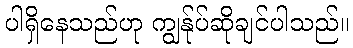
ပါရှိနေသည်ဟု ကျွန်ုပ်ဆိုချင်ပါသည်။